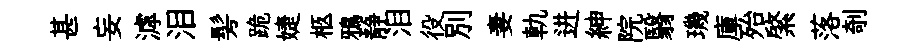
甚妄滹泪髣跪婕柩鴉静泪役别妻軌进紳院翳璣庫殆綮落剞